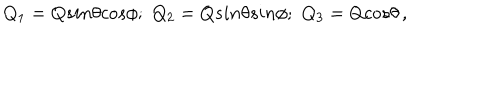
Q _ { 1 } = Q s i n \theta c o s \phi ; \, \, Q _ { 2 } = Q s i n \theta s i n \phi ; \, \, Q _ { 3 } = Q c o s \theta \, ,